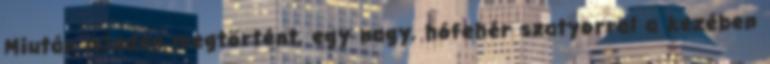
Miután minden megtörtént, egy nagy, hófehér szatyorral a kezében